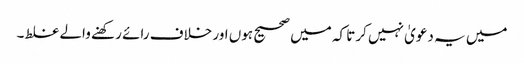
میں یہ دعویٰ نہیں کرتا کہ میں صحیح ہوں اور خلاف رائے رکھنے والے غلط۔